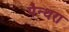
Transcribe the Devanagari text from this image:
पैन्थरा